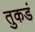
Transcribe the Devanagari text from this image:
तुकडं